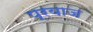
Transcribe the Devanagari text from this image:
प्रयाज